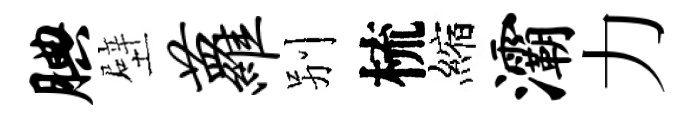
腆壁萝别梳縮灞力